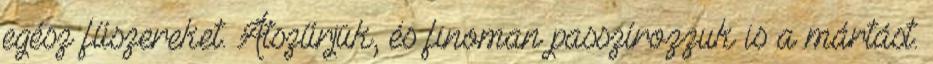
egész fűszereket. Átszűrjük, és finoman passzírozzuk is a mártást.